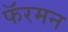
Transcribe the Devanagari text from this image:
फॅरमन